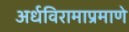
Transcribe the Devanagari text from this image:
अर्धविरामाप्रमाणे